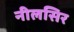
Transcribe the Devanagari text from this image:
नीलसिर